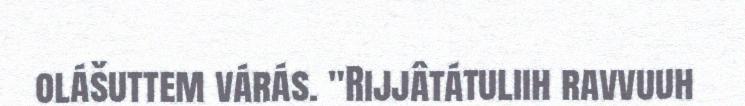
olášuttem várás. "Rijjâtátuliih ravvuuh